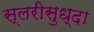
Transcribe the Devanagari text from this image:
स्लरीसुध्दा